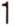
1